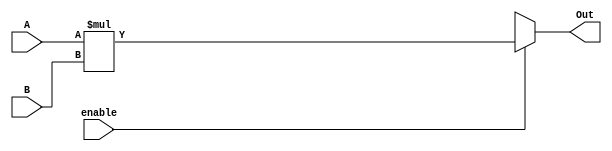
module large_mul(
 output reg [15:0] Out,
 input [7:0] A,B,
 input enable
    );
    always @(enable, A,B)
    begin
   
    Out = 16'bxxxxxxxxxxxxxxxx;
    if(enable)
    Out = A*B;
    end
endmodule